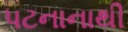
પટનાનાથી